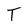
Character: T